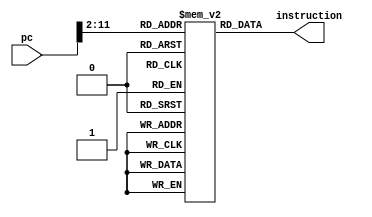
module im(instruction,pc);

    output [31:0] instruction;
    input [31:0] pc;

    reg [31:0] ins_memory[1023:0]; //4k

    assign instruction = ins_memory[pc[11:0]>>2];

endmodule